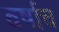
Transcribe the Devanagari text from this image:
वर्षाच